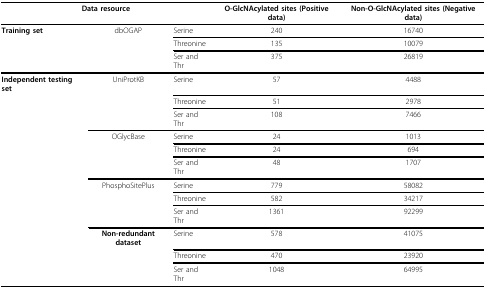
<table><thead><tr><td colspan="3"><b>Data resource</b></td><td><b>O-GlcNAcylated sites (Positive data)</b></td><td><b>Non-O-GlcNAcylated sites (Negative data)</b></td></tr></thead><tbody><tr><td><b>Training set</b></td><td>dbOGAP</td><td>Serine</td><td>240</td><td>16740</td></tr><tr><td></td><td></td><td>Threonine</td><td>135</td><td>10079</td></tr><tr><td></td><td></td><td>Ser and Thr</td><td>375</td><td>26819</td></tr><tr><td><b>Independent testing set</b></td><td>UniProtKB</td><td>Serine</td><td>57</td><td>4488</td></tr><tr><td></td><td></td><td>Threonine</td><td>51</td><td>2978</td></tr><tr><td></td><td></td><td>Ser and Thr</td><td>108</td><td>7466</td></tr><tr><td></td><td>OGlycBase</td><td>Serine</td><td>24</td><td>1013</td></tr><tr><td></td><td></td><td>Threonine</td><td>24</td><td>694</td></tr><tr><td></td><td></td><td>Ser and Thr</td><td>48</td><td>1707</td></tr><tr><td></td><td>PhosphoSitePlus</td><td>Serine</td><td>779</td><td>58082</td></tr><tr><td></td><td></td><td>Threonine</td><td>582</td><td>34217</td></tr><tr><td></td><td></td><td>Ser and Thr</td><td>1361</td><td>92299</td></tr><tr><td></td><td><b>Non-redundant dataset</b></td><td>Serine</td><td>578</td><td>41075</td></tr><tr><td></td><td></td><td>Threonine</td><td>470</td><td>23920</td></tr><tr><td></td><td></td><td>Ser and Thr</td><td>1048</td><td>64995</td></tr></tbody></table>